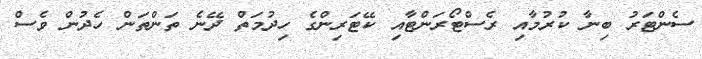
ސެންޓަރު ބިނާ ކުރުމާއި ރެސްޓޯރަންޓާއި ކޭޓަރިންގެ ހިދުމަތް ދޭނެ ތަންތަން ހެދުން ވެސް